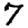
Digit: 7